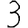
Digit: 3